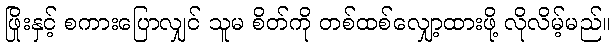
ဖြိုးနှင့် စကားပြောလျှင် သူမ စိတ်ကို တစ်ထစ်လျှော့ထားဖို့ လိုလိမ့်မည်။